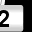
Digit: 2